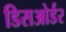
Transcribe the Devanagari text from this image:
डिसओर्डर